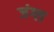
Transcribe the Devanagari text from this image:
जंग्ल